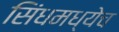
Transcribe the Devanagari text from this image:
सिंधमध्येच